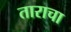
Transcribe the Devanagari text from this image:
ताराचा